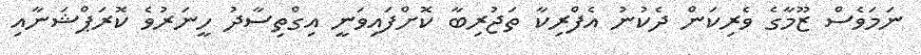
ނަމަވެސް ޒޫމާގެ ވެރިކަން ދެކުނު އެފްރިކާ ތަޖުރިބާ ކޮށްފައިވަނީ އިގްތިސާދު ހީނަރުވެ ކޮރަޕްޝަނާއި